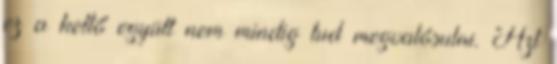
ez a kettő együtt nem mindig tud megvalósulni. Azt